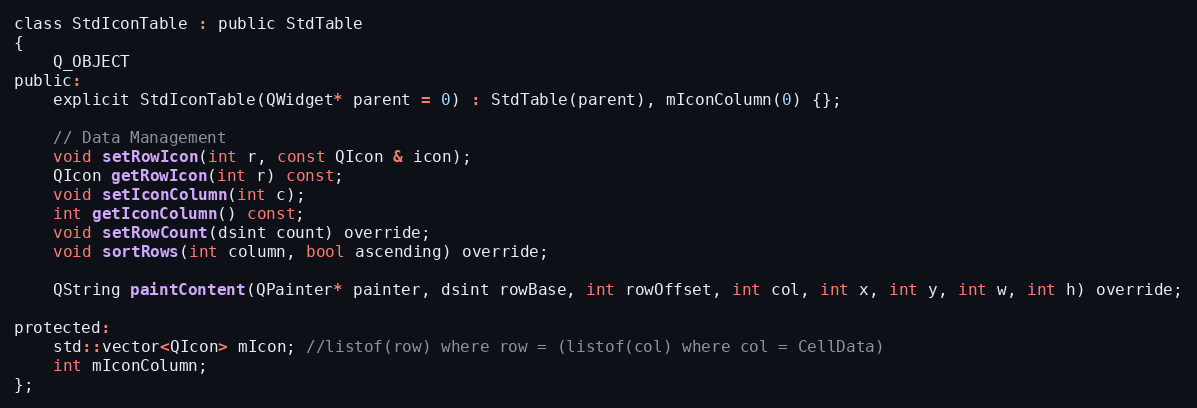
Language: C
class StdIconTable : public StdTable
{
    Q_OBJECT
public:
    explicit StdIconTable(QWidget* parent = 0) : StdTable(parent), mIconColumn(0) {};

    // Data Management
    void setRowIcon(int r, const QIcon & icon);
    QIcon getRowIcon(int r) const;
    void setIconColumn(int c);
    int getIconColumn() const;
    void setRowCount(dsint count) override;
    void sortRows(int column, bool ascending) override;

    QString paintContent(QPainter* painter, dsint rowBase, int rowOffset, int col, int x, int y, int w, int h) override;

protected:
    std::vector<QIcon> mIcon; //listof(row) where row = (listof(col) where col = CellData)
    int mIconColumn;
};